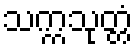
သက္ကသုတ္တံ